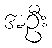
အဦး